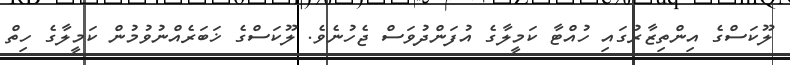
ލޫކަސްގެ އިންތިޒާރުގައި ހުއްޓާ ކަމީލާގެ އުފަންދުވަސް ޖެހުނެވެ. ލޫކަސްގެ ޚަބަރެއްނުވުމުން ކަމީލާގެ ހިތް